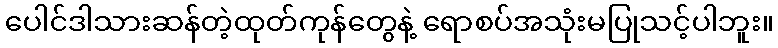
ပေါင်ဒါသားဆန်တဲ့ထုတ်ကုန်တွေနဲ့ ရောစပ်အသုံးမပြုသင့်ပါဘူး။